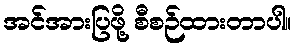
အင်အားပြဖို့ စီစဉ်ထားတာပါ။